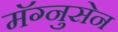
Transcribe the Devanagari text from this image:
मॅग्नुसेन